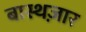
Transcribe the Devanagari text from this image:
बास्थज़ार